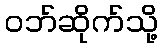
ဝဘ်ဆိုက်သို့